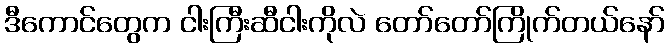
ဒီကောင်တွေက ငါးကြီးဆီငါးကိုလဲ တော်တော်ကြိုက်တယ်နော်